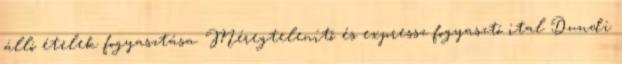
álló ételek fogyasztása. Méregtelenítő és expressz fogyasztó ital Dundi